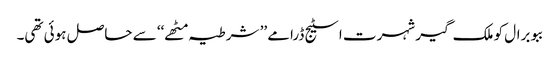
ببو برال کو ملک گیر شہرت اسٹیج ڈرامے ’’ شرطیہ مٹھے‘‘ سے حاصل ہوئی تھی۔